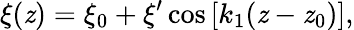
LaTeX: \xi(\mathit{z})=\xi_{0}+\xi^{\prime}\cos\left[k_{1}(\mathit{z}-\mathit{z}_{0})\right],